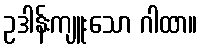
ဥဒါန်းကျူးသော ဂါထာ။